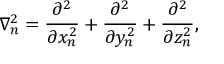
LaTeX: \nabla _ { n } ^ { 2 } = { \frac { \partial ^ { 2 } } { \partial x _ { n } ^ { 2 } } } + { \frac { \partial ^ { 2 } } { \partial y _ { n } ^ { 2 } } } + { \frac { \partial ^ { 2 } } { \partial z _ { n } ^ { 2 } } } ,